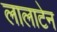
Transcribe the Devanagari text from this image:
लालाटेन